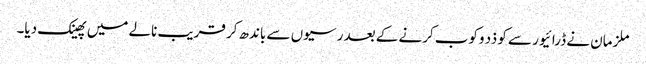
ملزمان نے ڈرائیور سے کو ذد وکوب کرنے کے بعد رسیوں سے باندھ کر قریب نالے میں پھینک دیا۔